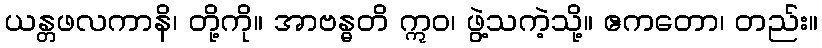
ယန္တဖလကာနိ၊ တို့ကို။ အာဗန္ဓတိ ဣဝ၊ ဖွဲ့သကဲ့သို့။ ဧကတော၊ တည်း။